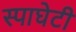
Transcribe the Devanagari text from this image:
स्पाघेटी